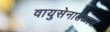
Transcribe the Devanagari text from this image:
वायुसेनातळास